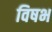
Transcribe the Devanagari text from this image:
विषभ